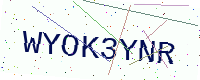
Text: WYOK3YNR